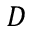
D